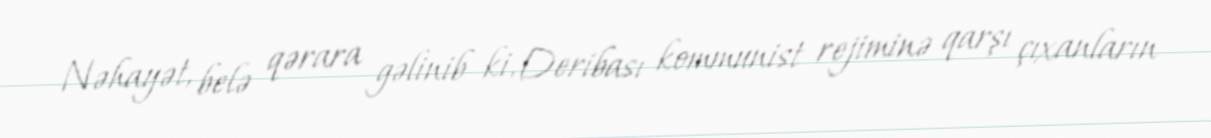
Nəhayət, belə qərara gəlinib ki, Deribası kommunist rejiminə qarşı çıxanların